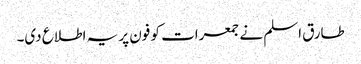
طارق اسلم نے جمعرات کو فون پر یہ اطلاع دی۔